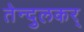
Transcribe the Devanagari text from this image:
तेन्दुलकर्